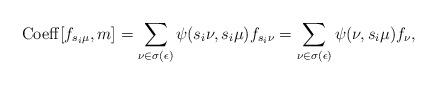
LaTeX: \begin{align*}{\rm Coeff}[f_{s_i \mu},m]=\sum_{\nu \in \sigma(\epsilon)}\psi(s_i\nu,s_i\mu)f_{s_i \nu}=\sum_{\nu \in \sigma(\epsilon)}\psi(\nu,s_i\mu)f_{\nu},\end{align*}